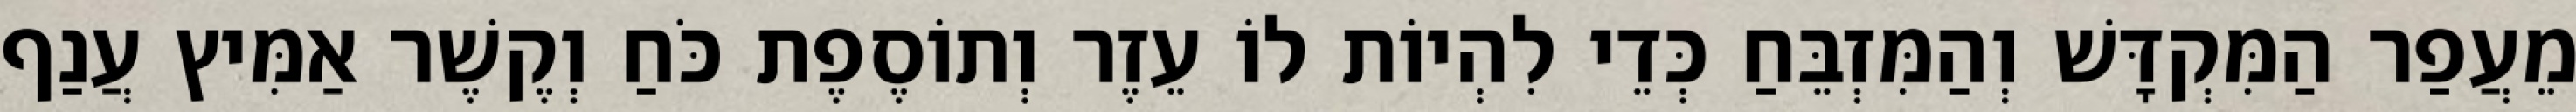
מֵעֲפַר הַמִּקְדָּשׁ וְהַמִּזְבֵּחַ כְּדֵי לִהְיוֹת לוֹ עֵזֶר וְתוֹסֶפֶת כֹּחַ וְקֶשֶׁר אַמִּיץ עֲנַף